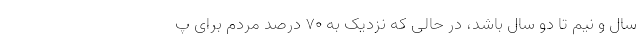
سال و نیم تا دو سال باشد، در حالی که نزدیک به ۷۰ درصد مردم برای پ